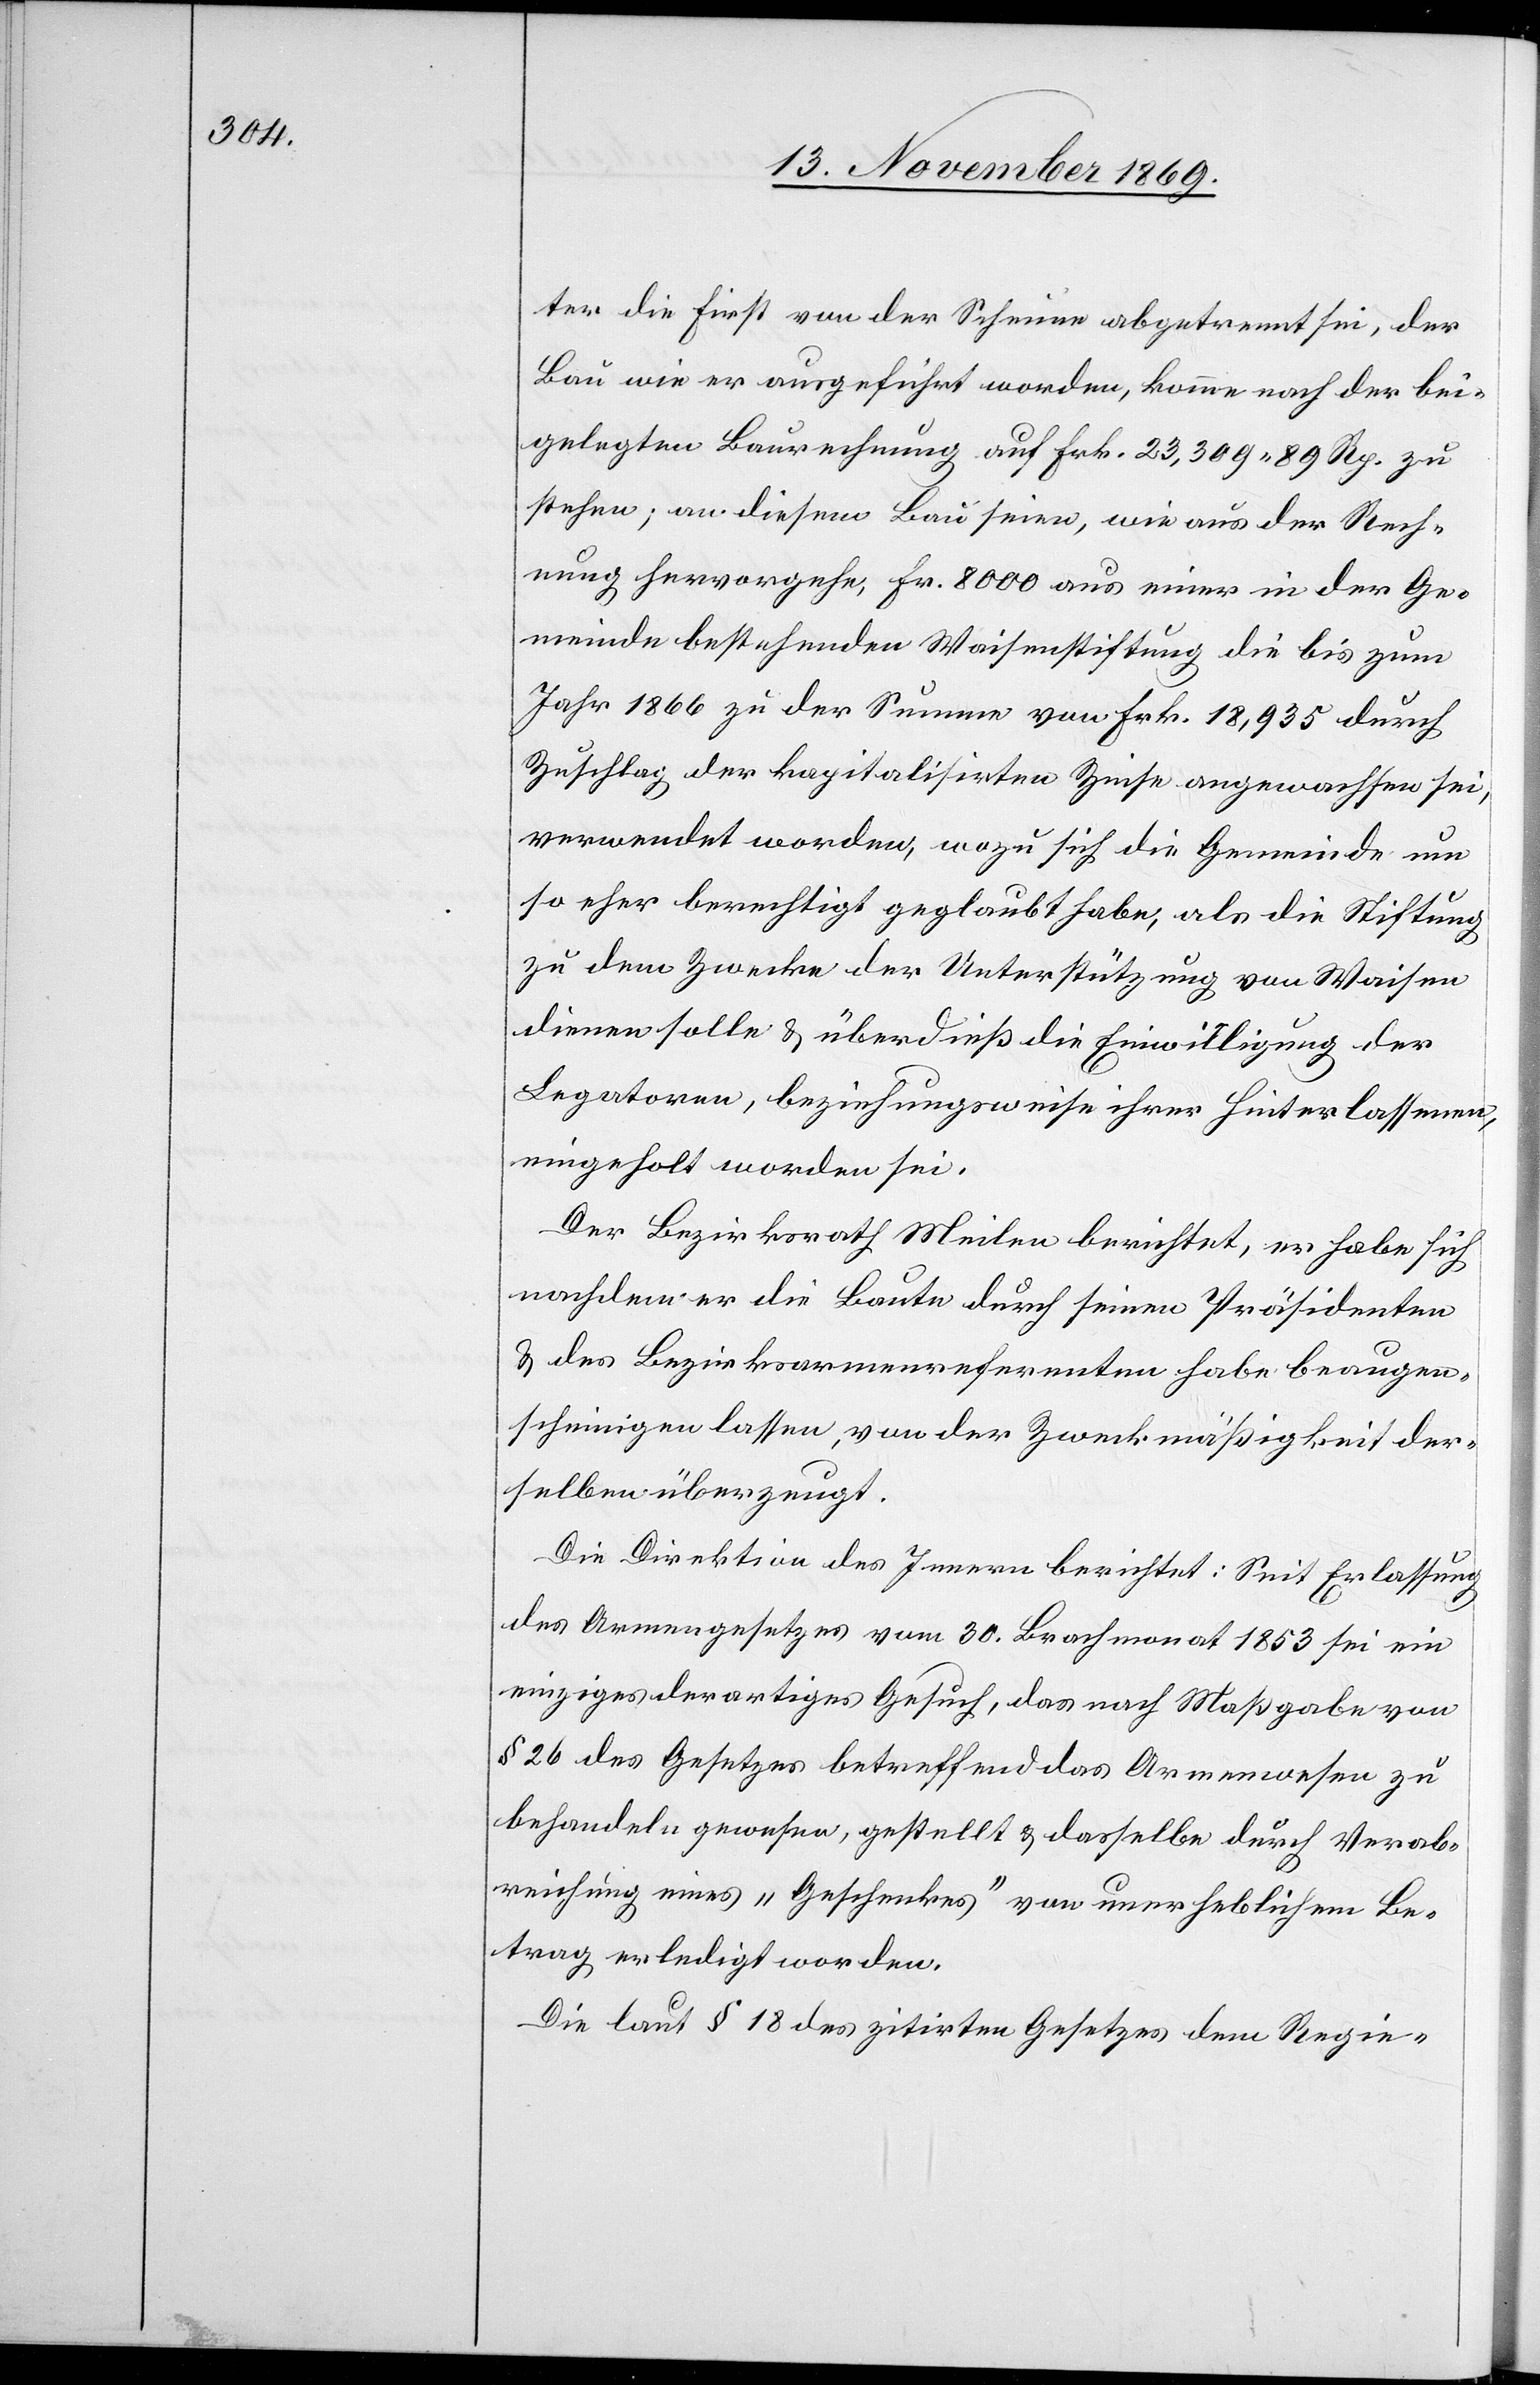
ter die First von der Scheune abgetrennt sei, der
Bau wie er ausgeführt worden, komme nach der bei¬
gelegten Baurechnung auf Frk. 23,309 89 Rp. zu
stehen; an diesem Bau seien, wie aus der Rech¬
nung hervorgehe, Fr. 8000 aus einer in der Ge¬
meinde bestehenden Waisenstiftung die bis zum
Jahr 1866 zu der Summe von Frk. 18,935 durch
Zuschlag der kapitalisirten Zinse angewachsen sei,
verwendet worden, wozu sich die Gemeinde um
so eher berechtigt geglaubt habe, als die Stiftung
zu dem Zwecke der Unterstützung von Waisen
dienen solle & überdieß die Einwilligung der
Legatoren, beziehungsweise ihrer Hinterlassenen,
eingeholt worden sei.
Der Bezirksrath Meilen berichtet, er habe sich
nachdem er die Baute durch seinen Präsidenten
& des Bezirksarmenreferenten habe beaugen¬
scheinigen lassen, von der Zweckmäßigkeit der¬
selben überzeugt.
Die Direktion des Innern berichtet: Seit Erlassung
des Armengesetzes vom 30. Brachmonat 1853 sei ein
einziges derartiges Gesuch, das nach Maßgabe von
§ 26 des Gesetzes betreffend das Armenwesen zu
behandeln gewesen, gestellt & dasselbe durch Verab¬
reichung eines „Geschenkes“ von unerheblichem Be¬
trag erledigt worden.
Die laut § 18 des zitirten Gesetzes dem Regie-